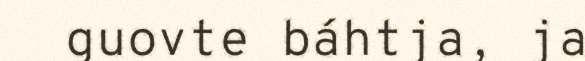
guovte báhtja, ja